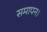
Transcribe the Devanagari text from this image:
समापन।